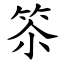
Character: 䇣